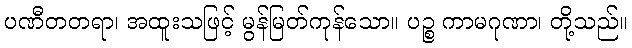
ပဏီတတရာ၊ အထူးသဖြင့် မွန်မြတ်ကုန်သော။ ပဉ္စ ကာမဂုဏာ၊ တို့သည်။